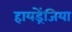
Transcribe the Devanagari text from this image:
हायड्रेंजिया